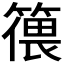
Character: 𱸠